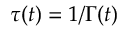
\tau ( t ) = 1 / \Gamma ( t )